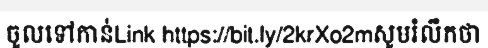
ចូលទៅកាន់Link https://bit.ly/2krXo2mសូមរំលឹកថា